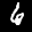
Label: 6